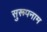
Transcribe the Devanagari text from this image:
सुरूपनाम